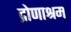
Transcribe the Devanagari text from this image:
द्रोणाश्रम